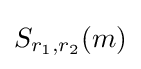
S_{r_{1},r_{2}}(m)